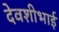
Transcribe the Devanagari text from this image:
देवशीभाई